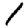
Digit: 1